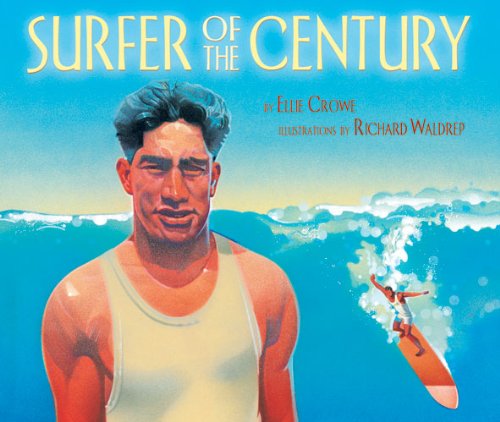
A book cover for Surfer of the Century: The Life of Duke Kahanamoku; Ellie Crowe; Children's Books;